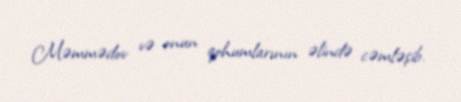
Məmmədov və onun qohumlarının əlində cəmləşib.